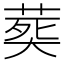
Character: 𦵏